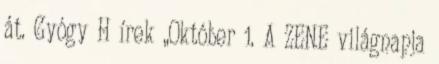
át. Gyógy H írek „Október 1. A ZENE világnapja